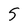
Character: 5